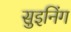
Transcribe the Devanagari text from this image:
सुइनिंग